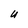
Character: U